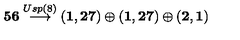
{ \bf 5 6 } \stackrel { U s p ( 8 ) } { \longrightarrow } ( { \bf 1 , 2 7 } ) \oplus ( { \bf 1 , 2 7 } ) \oplus ( { \bf 2 , 1 } )